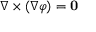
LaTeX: \nabla \times ( \nabla \varphi ) = \mathbf { 0 }